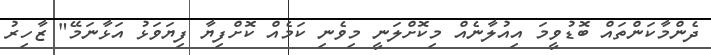
ދެންމާކަންތައް ބޮޑުވީމަ އިއުލާނެއް މިކޮށްލަނީ މިވެނި ކަމެއް ކޮށްފިޔާ ފިޔަވަޅު އަޅާނަމޭ" ޒާހިރު